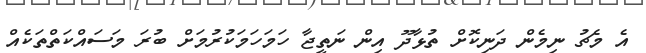
އެ މެޗު ނިމެން ދަނިކޮށް ތުޅާދޫ އިން ނަތީޖާ ހަމަހަމަކުރުމަށް ބުރަ މަސައްކަތްތަކެއް